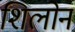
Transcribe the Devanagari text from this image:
शिलोन